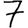
Digit: 7